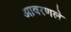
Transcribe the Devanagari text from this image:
आवरणले